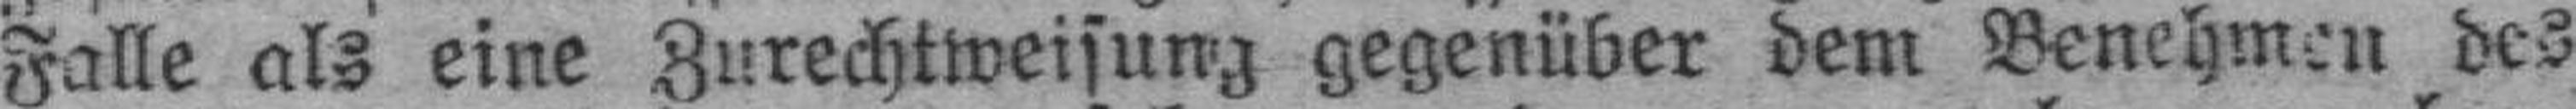
Falle als eine Zurechtweisung gegenüber dem Benehmen des